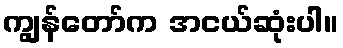
ကျွန်တော်က အငယ်ဆုံးပါ။